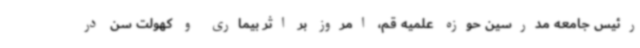
رئیس جامعه مدرسین حوزه علمیه قم، امروز بر اثر بیماری و کهولت سن در